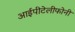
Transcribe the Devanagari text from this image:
आईपीटेलीफोनी